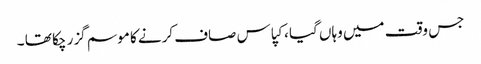
جس وقت میں وہاں گیا ، کپاس صاف کرنے کا موسم گزر چکا تھا ۔